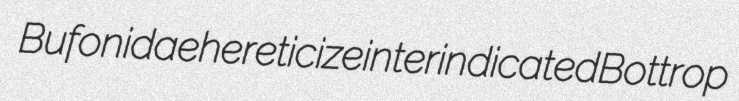
Bufonidae hereticize interindicated Bottrop